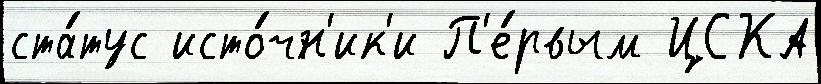
ста́тус исто́чн'ик'и П'е́рвым ЦСКА